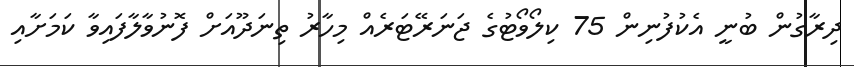
ދިރާގުން ބުނީ އެކުފުނިން 75 ކިލޯވޯޓުގެ ޖަނަރޭޓަރެއް މިހާރު ތިނަދޫއަށް ފޮނުވާލާފައިވާ ކަމަށާއި